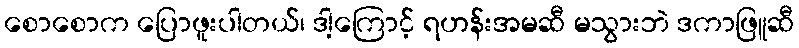
စောစောက ပြောဖူးပါတယ်၊ ဒါ့ကြောင့် ရဟန်းအမဆီ မသွားဘဲ ဒကာဖြူဆီ